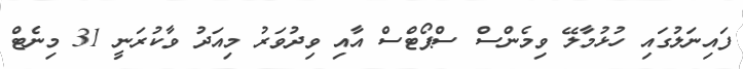
ފައިނަލުގައި ހުޅުމާލޭ ވިމެންސް ސްޕޯޓްސް އާއި ވިދުވަރު މިއަދު ވާކުރަނީ 31 މިނެޓް